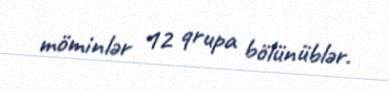
möminlər 12 qrupa bölünüblər.